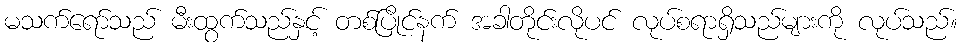
မသက်ရော်သည် မီးထွက်သည်နှင့် တစ်ပြိုင်နက် အခါတိုင်းလိုပင် လုပ်စရာရှိသည်များကို လုပ်သည်။